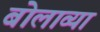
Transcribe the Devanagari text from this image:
बोलाव्या